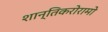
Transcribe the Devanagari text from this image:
शान्तिकरोरामो